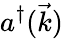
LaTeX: a^{\dagger}({\vec{k}})